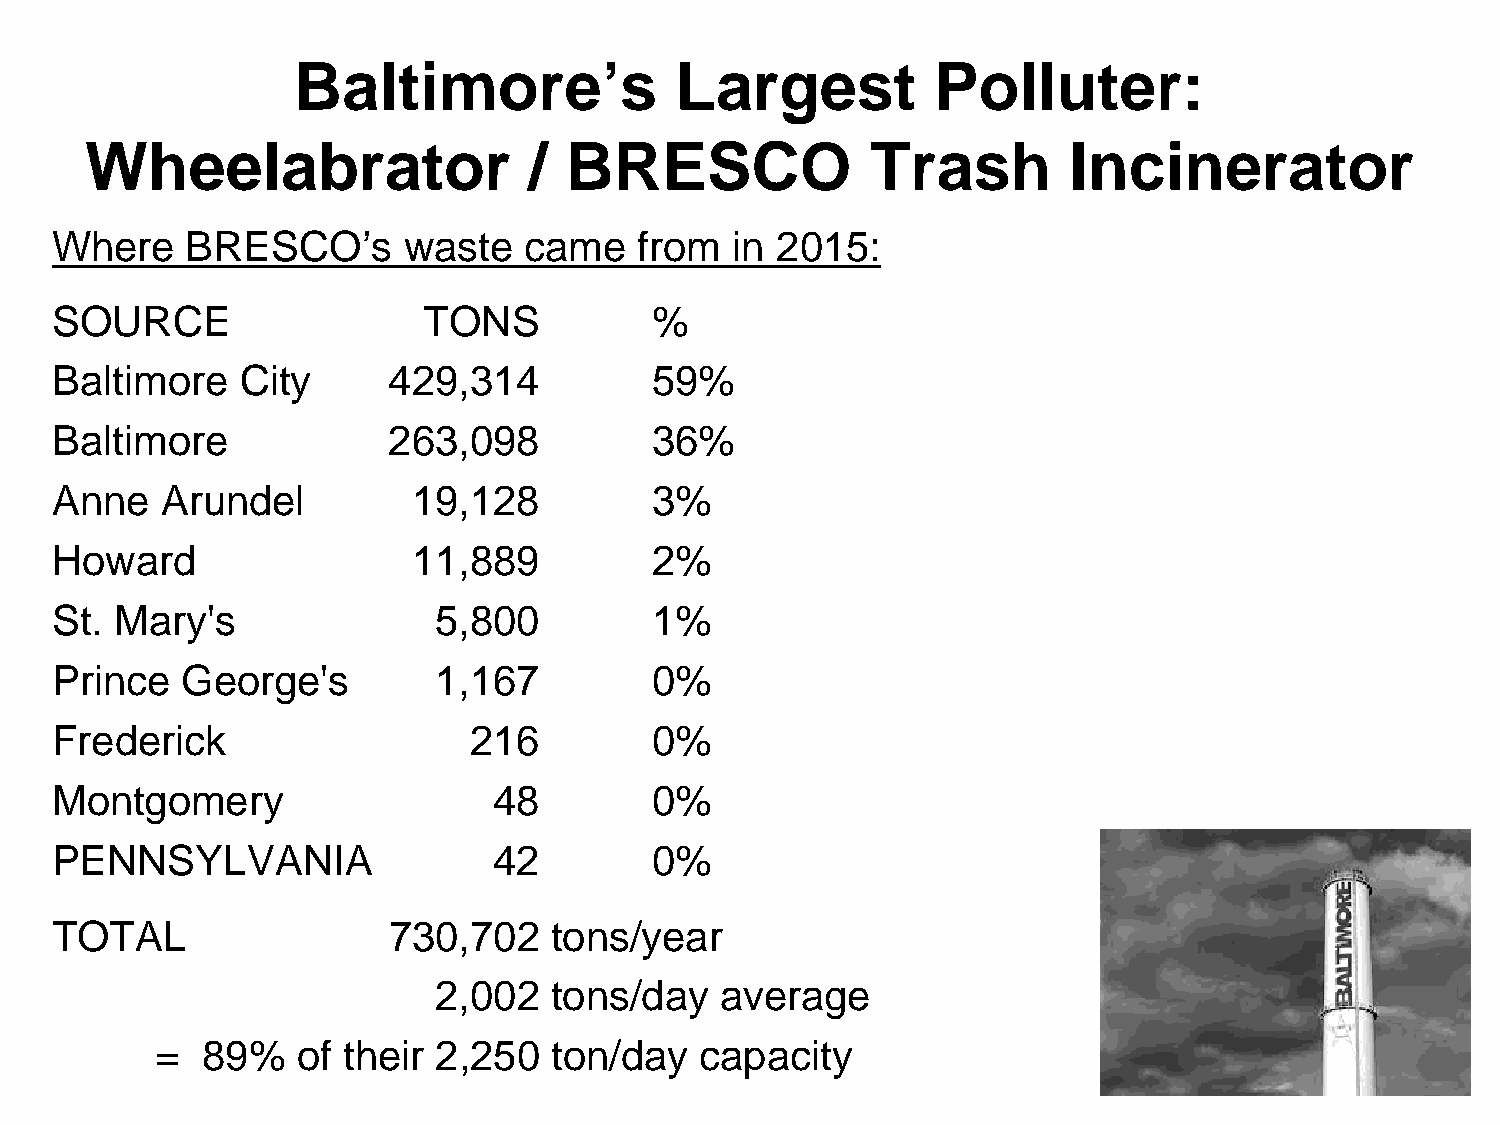
Baltimore’s               Largest          Polluter:
 Wheelabrator                 / BRESCO               Trash        Incinerator
 Where    BRESCO’s       waste   came   from  in 2015:
 SOURCE                   TONS           %
 Baltimore    City      429,314          59%
 Baltimore              263,098          36%
 Anne    Arundel         19,128          3%
 Howard                  11,889          2%
 St.  Mary's               5,800         1%
 Prince   George's         1,167         0%
 Frederick                   216         0%
 Montgomery                    48        0%
 PENNSYLVANIA                  42        0%
 TOTAL                  730,702   tons/year
 2,002  tons/day    average
 =  89%    of their 2,250  ton/day   capacity